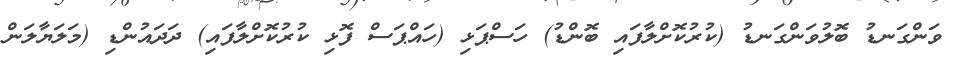
ވަންގަނޑު ބޮލުވަންގަނޑު (ކުރުކޮށްލާފައި ބޮންޑު) ހަސްޕަޅި (ހައްޕަސް ފޮޅި ކުރުކޮށްލާފައި) ދަދައުންޑި (މަލަޔާލަން